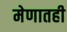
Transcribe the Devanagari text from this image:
मेणातही